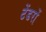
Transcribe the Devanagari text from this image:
टेंडरों